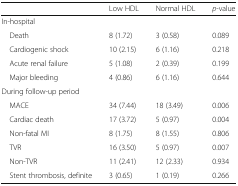
|  | Low HDL | Normal HDL | p-value |
 | --- | --- | --- | --- |
 | <COLSPAN=4> In-hospital |
 | Death | 8 (1.72) | 3 (0.58) | 0.089 |
 | Cardiogenic shock | 10 (2.15) | 6 (1.16) | 0.218 |
 | Acute renal failure | 5 (1.08) | 2 (0.39) | 0.199 |
 | Major bleeding | 4 (0.86) | 6 (1.16) | 0.644 |
 | <COLSPAN=4> During follow-up period |
 | MACE | 34 (7.44) | 18 (3.49) | 0.006 |
 | Cardiac death | 17 (3.72) | 5 (0.97) | 0.004 |
 | Non-fatal MI | 8 (1.75) | 8 (1.55) | 0.806 |
 | TVR | 16 (3.50) | 5 (0.97) | 0.007 |
 | Non-TVR | 11 (2.41) | 12 (2.33) | 0.934 |
 | Stent thrombosis, definite | 3 (0.65) | 1 (0.19) | 0.266 |